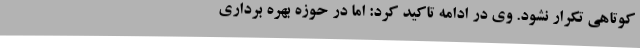
کوتاهی تکرار نشود. وی در ادامه تاکید کرد: اما در حوزه بهره برداری